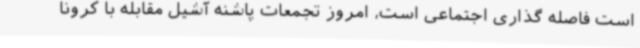
است فاصله گذاری اجتماعی است، امروز تجمعات پاشنه آشیل مقابله با کرونا